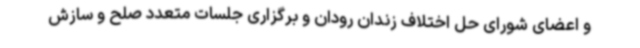
و اعضای شورای حل اختلاف زندان رودان و برگزاری جلسات متعدد صلح و سازش